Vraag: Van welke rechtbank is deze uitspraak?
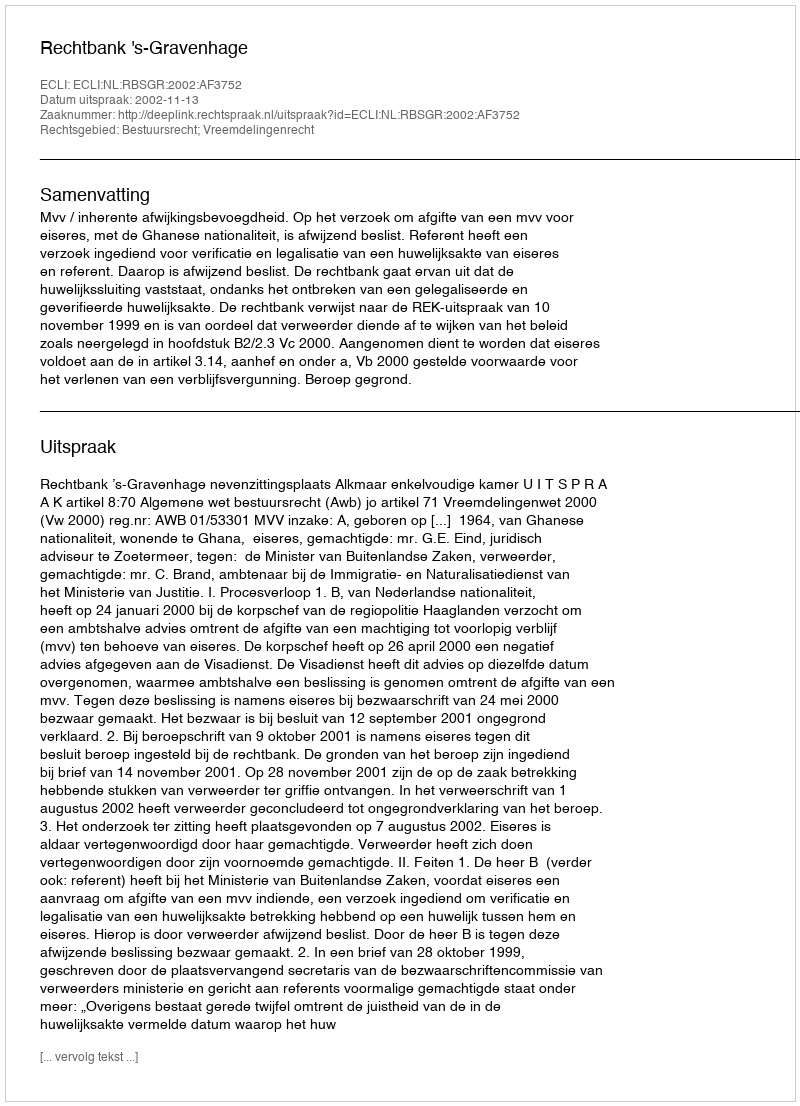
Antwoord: Rechtbank 's-Gravenhage